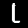
Label: 1